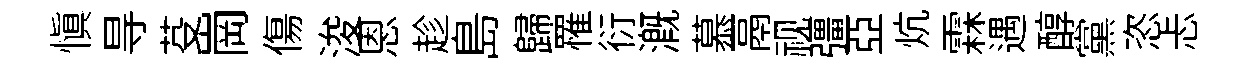
慎㝵芟崗傷浚恩趁島歸罹衍溉慕鬲视彊亞炕霖遇醇黨恣忐